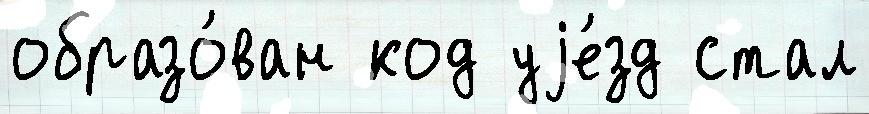
образо́ван код уjе́зд стал